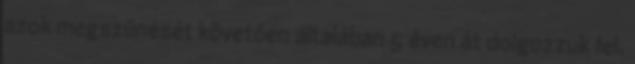
azok megszűnését követően általában 5 éven át dolgozzuk fel.